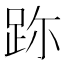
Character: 䟢